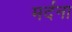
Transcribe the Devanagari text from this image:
मर्दना